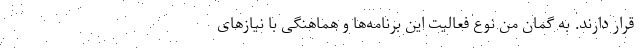
قرار دارند. به گمان من نوع فعالیت این برنامه‌ها و هماهنگی با نیازهای